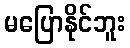
မပြောနိုင်ဘူး